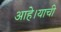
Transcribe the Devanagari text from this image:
आहे।याची